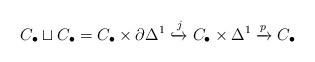
LaTeX: \begin{align*}C_\bullet \sqcup C_\bullet = C_\bullet \times \partial \Delta^1 \xhookrightarrow{j} C_\bullet \times \Delta^1 \xrightarrow{p} C_\bullet \end{align*}